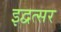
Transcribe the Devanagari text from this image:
इद्वत्सर